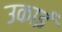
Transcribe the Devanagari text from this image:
उकाई